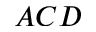
A C D